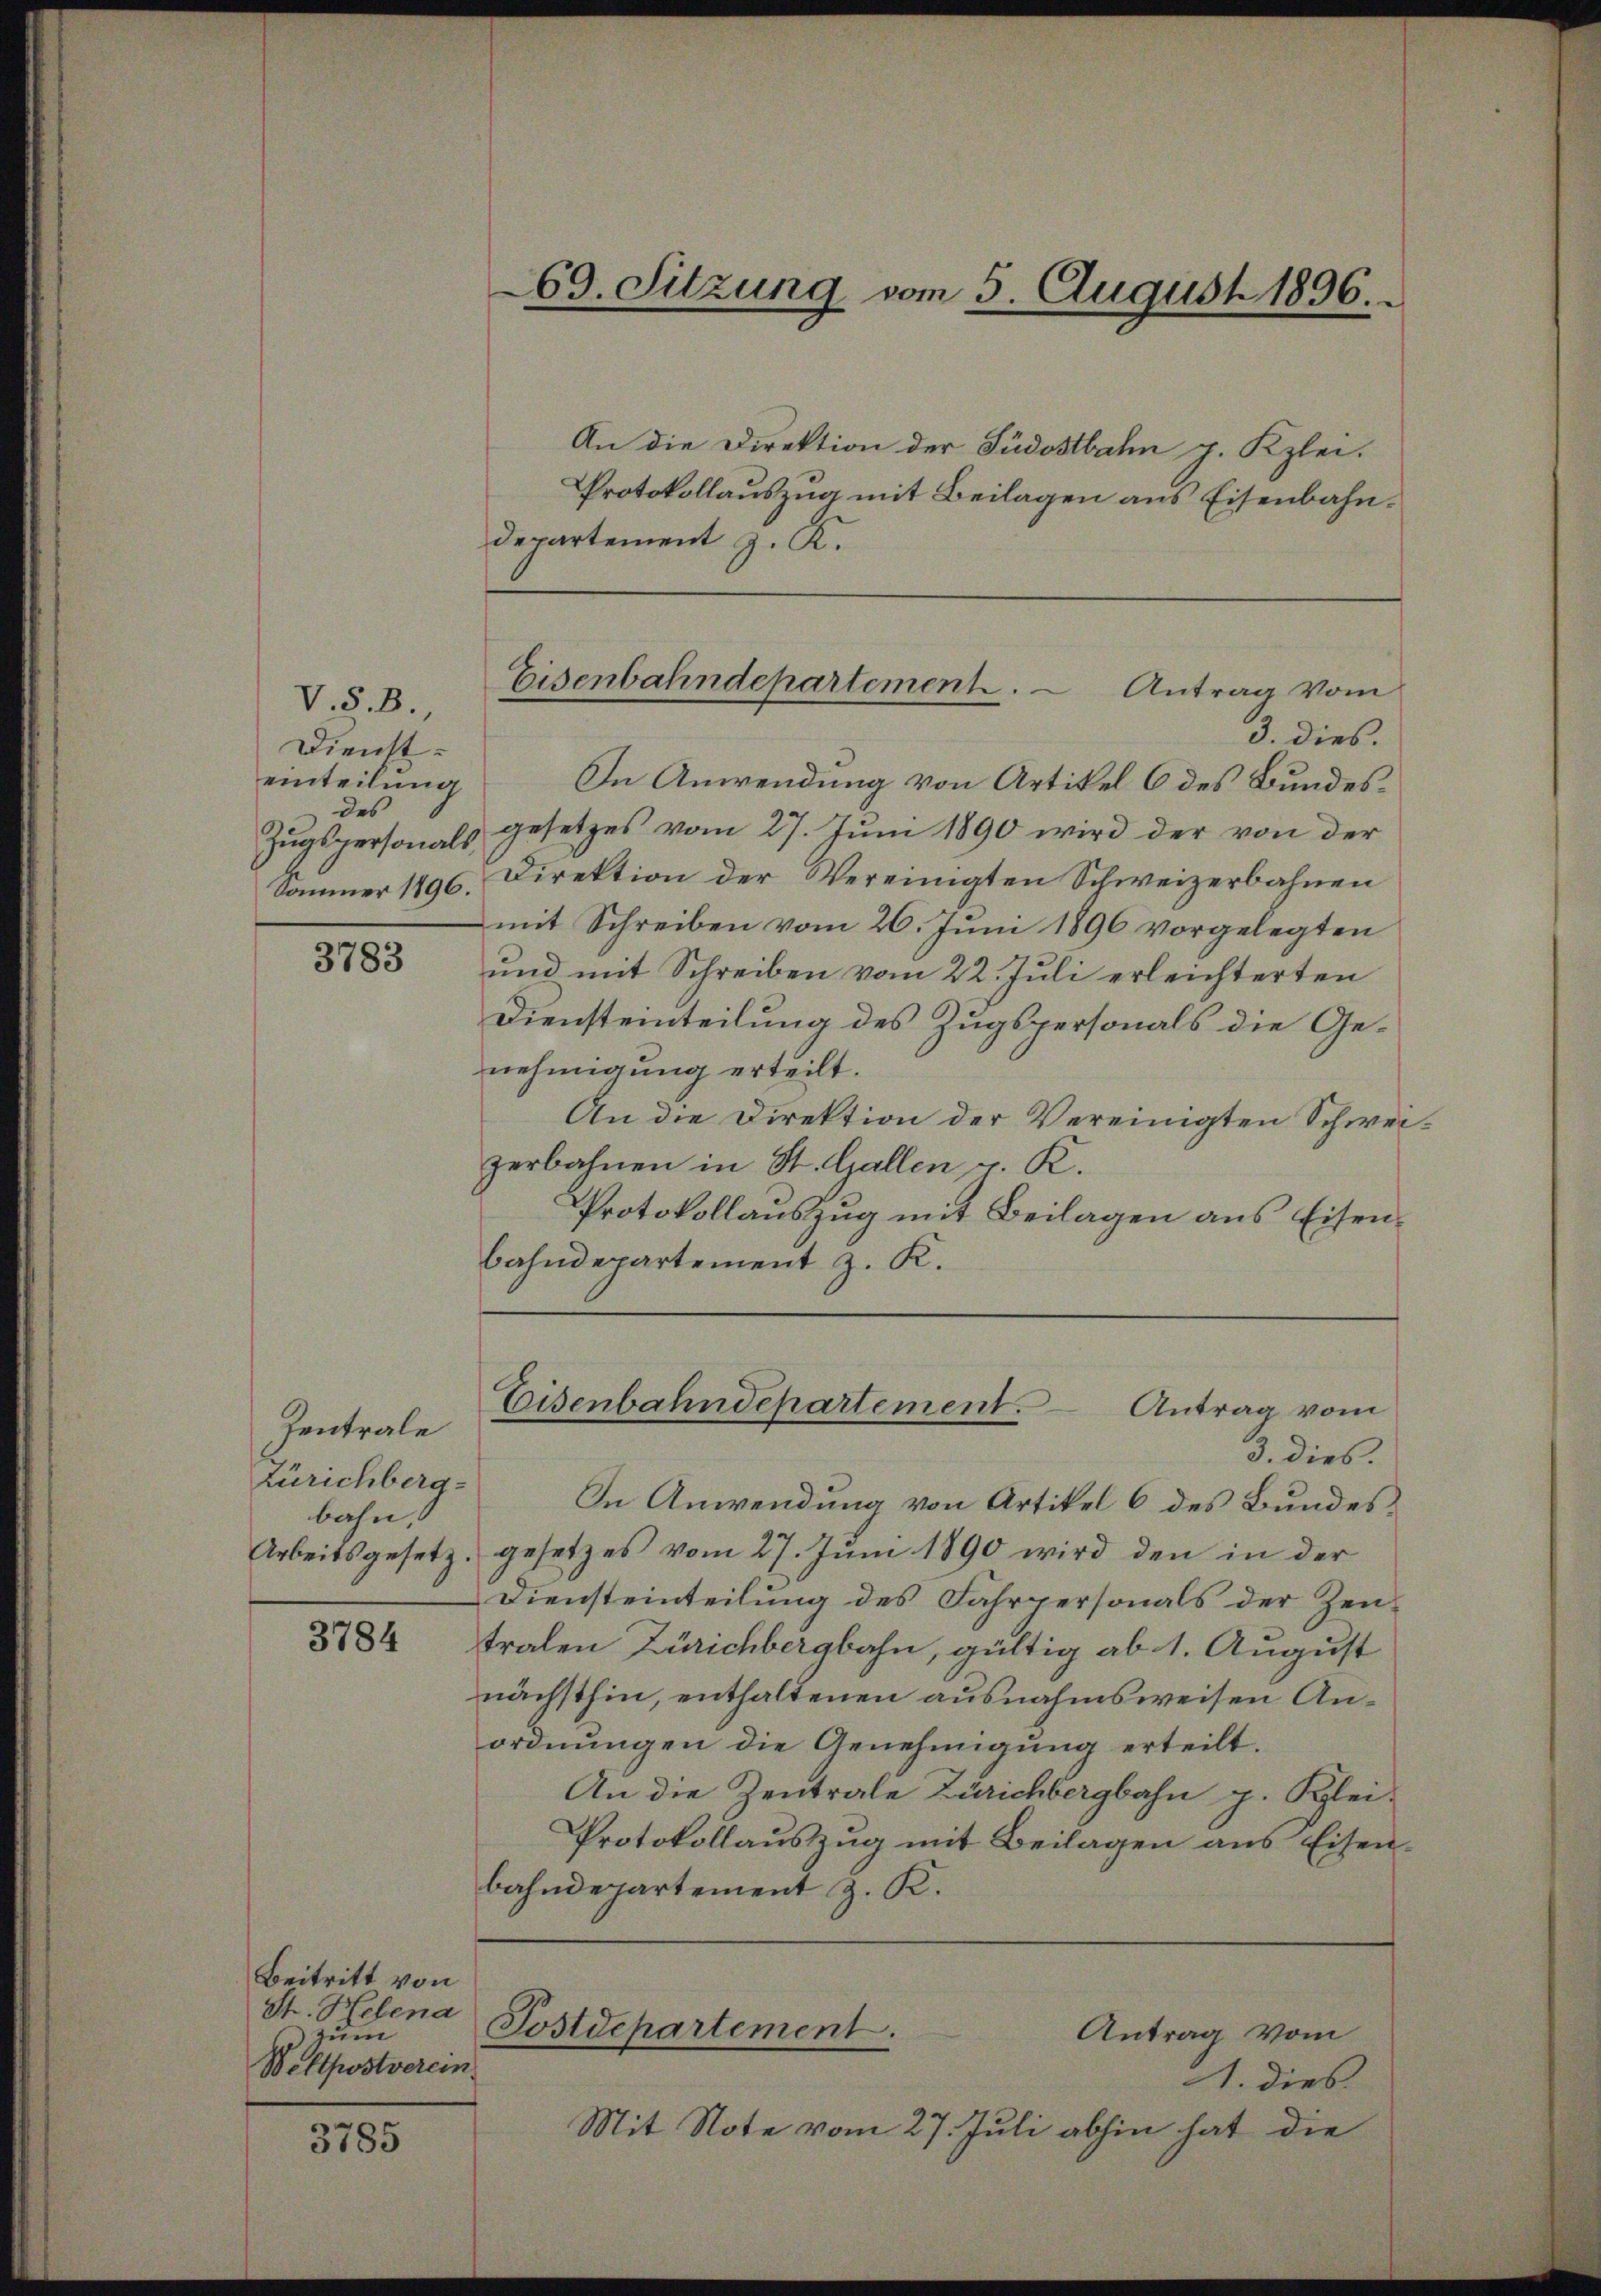
V.S.B.
Dienst-
einteilung
des
Zugspersonals,
Sommer 1896.

3783

Zentrale
Zürichberg-
bahn,

3784

Beitritt von
St. Helena
zum
Wettpostverein

3785

69. Sitzung vom 5. August 1896.

An die Direktion der Südostbahn p. Klei¬
Protokollauszug mit Beilagen aus Eisenbahn¬
Departement z. K.

Eisenbahndepartement. - Antrag vom

Eisenbahndepartement. Antrag vom

3. dies.
In Anwendung von Artikel 6 des Bundesgesetzes vom 27. Juni 1890 wird der von der
Direktion der Vereinigten Schweizerbahnen
mit Schreiben vom 26. Juni 1896 vorgelegten
und mit Schreiben vom 22. Juli erleichterten
Diensteinteilung des Zugspersonals die Genehmigung erteilt.
An die Direktion der Vereinigten Schweizerbahnen in St. Gallen v. K.
Protokollauszug mit Beilagen aus Eisenbahndepartement z. K.

3. dies.
In Anwendung von Artikel 6 des Bundes
Arbeitsgesetz, gesetzes vom 27. Juni 1890 wird den in der
Diensteinteilung des Fahrpersonals der Zeutralen Zürichbergbahn, gültig ab 1. August
nächsthin, enthaltenen ausnahmsweisen Anordnungen die Genehmigung erteilt.
An die Zentrale Zürichbergbahn g. Klei¬
Protokollauszug mit Beilagen aus Eisenbahndepartement z. K.
Postdepartement.
Antrag vom
1. dies
Mit Note vom 27. Juli abhin hat die